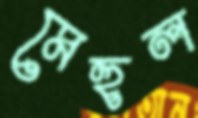
মেহুল